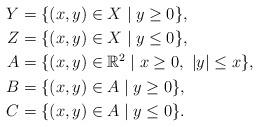
LaTeX: \begin{align*}Y&=\{ (x,y)\in X \mid y\geq 0\},\\Z&=\{ (x,y)\in X \mid y\leq 0\},\\A&=\{ (x,y)\in \mathbb R^2 \mid x\geq 0,\ |y|\leq x\},\\B&=\{ (x,y)\in A \mid y\geq 0\},\\C&=\{ (x,y)\in A \mid y\leq 0\}.\end{align*}